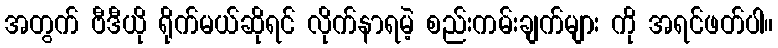
အတွက် ဗီဒီယို ရိုက်မယ်ဆိုရင် လိုက်နာရမဲ့ စည်းကမ်းချက်များ ကို အရင်ဖတ်ပါ။